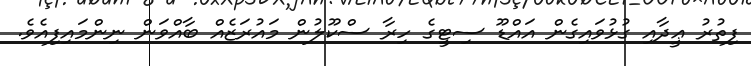
ފިތުރު ޢީދާއި ގުޅުވައިގެން އައްޑޫ ސިޓީގެ ހިރާ ސްކޫލުން މައުރަޒެއް ބާއްވަން ނިންމަައިފިއެވެ.